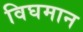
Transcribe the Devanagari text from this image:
विघमान